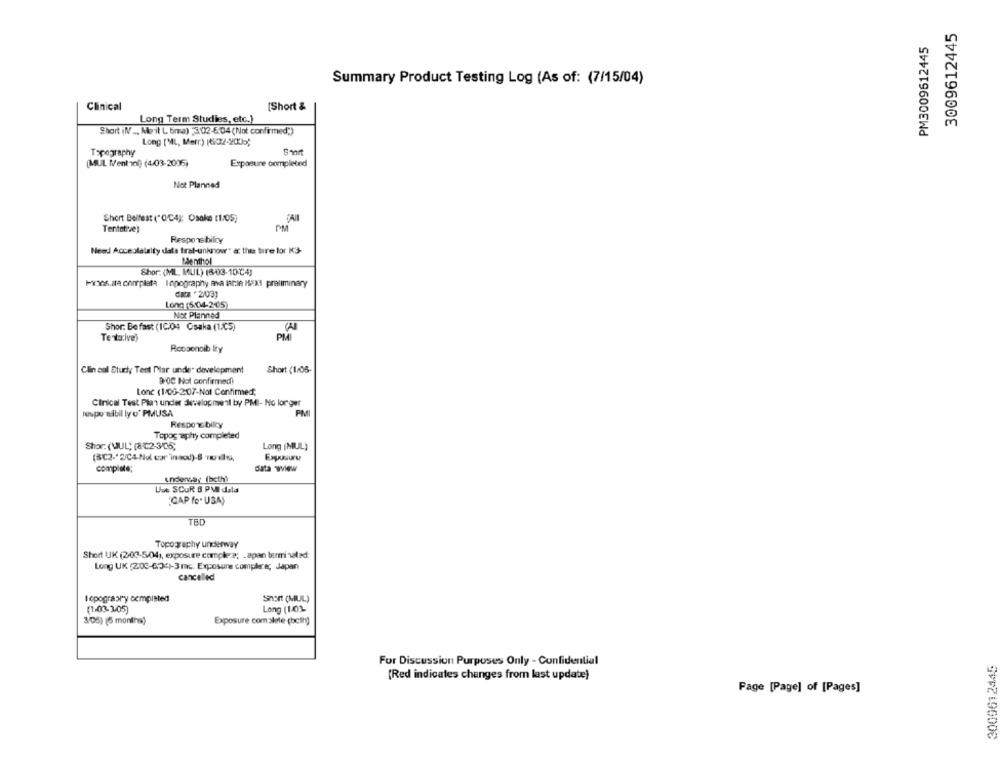
3009612445
PM3009612445
Summary Product Testing Log (As of: (7/15/04)
Clinical
[Short &
Long Term Studies, etc.)
Short (N ., Me il L tima) ,302-6.04 (Not confirmed;)
Topography
[MUL Ment ing (4.03-2036)
Exposure completed
Not Planned
Short Belfest ("O.C4); Csake (1/05)
Tentot've)
PM
Responsibility
Need Accealalalty data tral-unknow" a: the tire for K3-
Menthol
Shor: (MIL. MUL) (6-03-10 ℃4)
Pisos.ara completa Topography ma table Hox preliminary
data '2/03)
Long (5:04-2-05
Not Planned
Shor: Be fast (10/04 Csaka (1.05)
Tentative)
PMI
Rocoonoib Ity
Clin cal Study Test Plar under development
Short (1:05-
D'OC Not confirmed)
Lone (1/06-2:07-Not Confirmed;
Clinical Test Plan under developme il by PMI- No longer
PMI
respu sibil ly o' PMUSA
Respo Ebiliry
Topography completed
Shor: (MUL; [8℃2-3/05;
Long (MUL)
Exposure
(302 -* 2C4Nol cor'inod)-8 TUIN,
complete;
data wiew
undersay (beth)
Une SCUR 8 PMI dala
"GAP fo. USA)
TBD
Topography underway
Short UK (2-03-5/04), exposure complere: „apan terminaled.
Long UK (203-674)-3 mc. Exposure compiere; Japan
cancelled
I epography compisted
Short (MUL)
(1-03-105)
Long (140]
3/05) (6 months)
Exposure comalete (both)
For Discussion Purposes Only - Confidential
3009612445
(Red indicates changes from last update)
Page [Page] of [Pages]